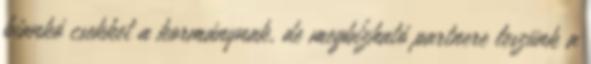
biankó csekket a kormánynak, de megbízható partnere leszünk a